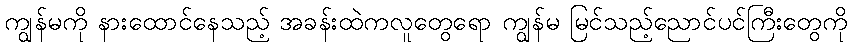
ကျွန်မကို နားထောင်နေသည့် အခန်းထဲကလူတွေရော ကျွန်မ မြင်သည့်ညောင်ပင်ကြီးတွေကို